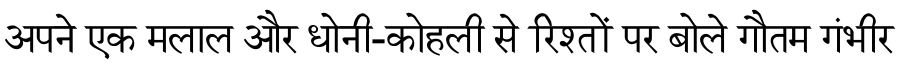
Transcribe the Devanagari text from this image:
अपने एक मलाल और धोनी-कोहली से रिश्तों पर बोले गौतम गंभीर